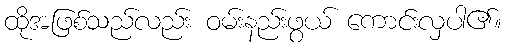
ထိုအဖြစ်သည်လည်း ဝမ်းနည်းဖွယ် ကောင်းလှပါ၏။